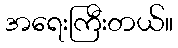
အရေးကြီးတယ်။